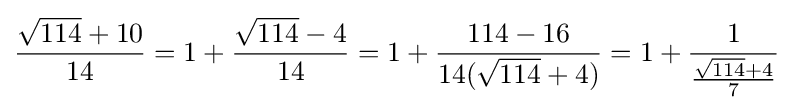
{\frac {{\sqrt {114}}+10}{14}}=1+{\frac {{\sqrt {114}}-4}{14}}=1+{\frac {114-16}{14({\sqrt {114}}+4)}}=1+{\frac {1}{\frac {{\sqrt {114}}+4}{7}}}